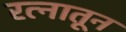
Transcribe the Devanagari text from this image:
रत्‍नातून